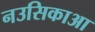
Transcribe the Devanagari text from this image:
नउसिकाआ